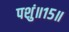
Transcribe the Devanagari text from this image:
पशुं॥१५॥